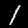
Digit: 1